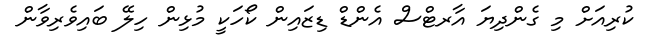
ކުރިއަށް މި ގެންދިޔަ އާރޓްސް އެންޑް ޑިޒައިން ކޯހަކީ މުޅިން ހިލޭ ބައިވެރިވާން